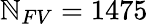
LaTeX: {\mathbb{N}_{FV}=1475}